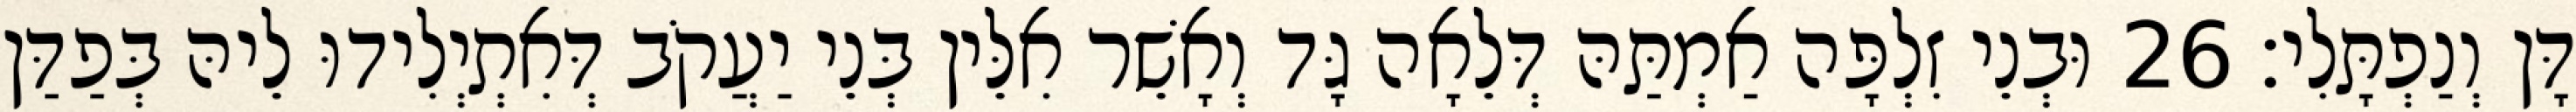
דָּן וְנַפְתָּלִי׃ 26 וּבְנֵי זִלְפָּה אַמְתַּהּ דְּלֵאָה גָּד וְאָשֵׁר אִלֵּין בְּנֵי יַעֲקֹב דְּאִתְיְלִידוּ לֵיהּ בְּפַדַּן